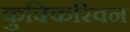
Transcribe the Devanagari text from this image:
कुक्किरिवन